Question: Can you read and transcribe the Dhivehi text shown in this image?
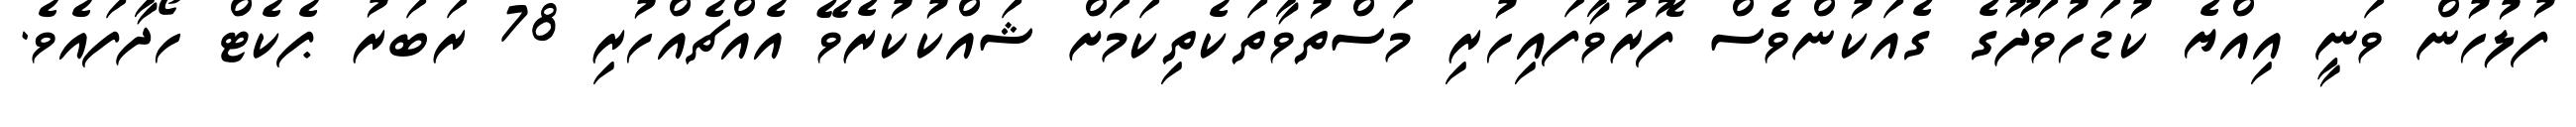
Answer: ފުލުހުން ވަނީ އިއްޔެ ކުޑަހުވަދޫގެ ގެއަކުންވެސް ފޮރުވާފައިހުރި މަސްތުވާތަކެތިކަމަށް ޝައްކުކުރެވޭ އެއްޗެއްހުރި 78 ރަބަރު ޕެކެޓް ހޯދާފައެވެ.